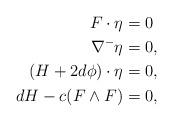
LaTeX: \begin{align*} F \cdot \eta &= 0\\ \nabla^- \eta &= 0,\\ (H + 2 d\phi)\cdot \eta & = 0,\\ dH - c(F \wedge F) & = 0, \end{align*}